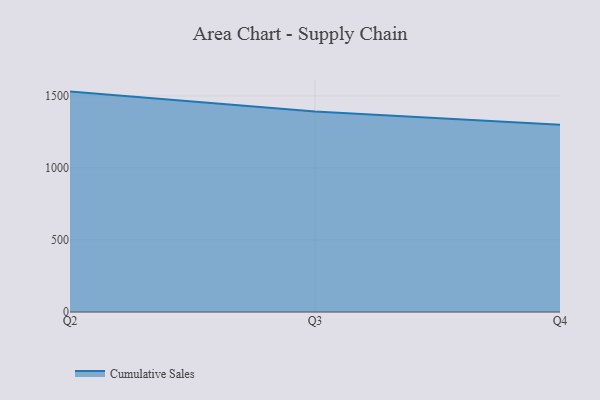
{"axis": {"x": "Quarter", "y": "Waste Production (Tons)"}, "legend": ["Cumulative Sales"], "data": [{"x": "Q2", "y": 1529.6, "type": "Cumulative Sales"}, {"x": "Q3", "y": 1391.4, "type": "Cumulative Sales"}, {"x": "Q4", "y": 1299.8, "type": "Cumulative Sales"}]}